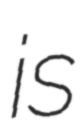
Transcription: is